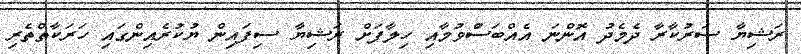
ރަޝިޔާ ސަރުކާރާ ދެމެދު އޮންނަ އެއްބަސްުވުމާއި ހިލާފަށް ރަޝިޔާ ސިފައިން ޔުކުރެެއިންގައި ހަރަކާތްތެރި